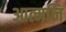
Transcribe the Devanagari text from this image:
आत्मनि